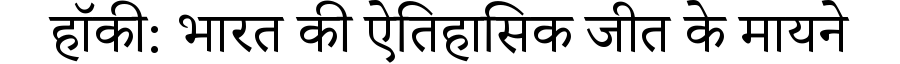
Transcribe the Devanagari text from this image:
हॉकी: भारत की ऐतिहासिक जीत के मायने